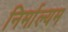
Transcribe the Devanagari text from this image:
निर्माल्यम